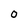
Character: O